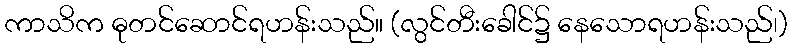
ကာသိက ဓုတင်ဆောင်ရဟန်းသည်။ (လွင်တီးခေါင်၌ နေသောရဟန်းသည်၊)